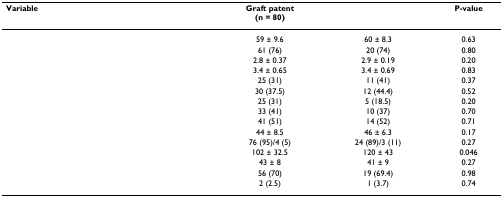
<table><thead><tr><td><b>Variable</b></td><td><b>Graft patent(n = 80)</b></td><td>[EMPTY_CELL]</td><td><b>P-value</b></td></tr></thead><tbody><tr><td>[EMPTY_CELL]</td><td>59 ± 9.6</td><td>60 ± 8.3</td><td>0.63</td></tr><tr><td>[EMPTY_CELL]</td><td>61 (76)</td><td>20 (74)</td><td>0.80</td></tr><tr><td>[EMPTY_CELL]</td><td>2.8 ± 0.37</td><td>2.9 ± 0.19</td><td>0.20</td></tr><tr><td>[EMPTY_CELL]</td><td>3.4 ± 0.65</td><td>3.4 ± 0.69</td><td>0.83</td></tr><tr><td>[EMPTY_CELL]</td><td>25 (31)</td><td>11 (41)</td><td>0.37</td></tr><tr><td>[EMPTY_CELL]</td><td>30 (37.5)</td><td>12 (44.4)</td><td>0.52</td></tr><tr><td>[EMPTY_CELL]</td><td>25 (31)</td><td>5 (18.5)</td><td>0.20</td></tr><tr><td>[EMPTY_CELL]</td><td>33 (41)</td><td>10 (37)</td><td>0.70</td></tr><tr><td>[EMPTY_CELL]</td><td>41 (51)</td><td>14 (52)</td><td>0.71</td></tr><tr><td>[EMPTY_CELL]</td><td>44 ± 8.5</td><td>46 ± 6.3</td><td>0.17</td></tr><tr><td>[EMPTY_CELL]</td><td>76 (95)/4 (5)</td><td>24 (89)/3 (11)</td><td>0.27</td></tr><tr><td>[EMPTY_CELL]</td><td>102 ± 32.5</td><td>120 ± 43</td><td>0.046</td></tr><tr><td>[EMPTY_CELL]</td><td>43 ± 8</td><td>41 ± 9</td><td>0.27</td></tr><tr><td>[EMPTY_CELL]</td><td>56 (70)</td><td>19 (69.4)</td><td>0.98</td></tr><tr><td>[EMPTY_CELL]</td><td>2 (2.5)</td><td>1 (3.7)</td><td>0.74</td></tr></tbody></table>